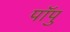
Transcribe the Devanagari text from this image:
पॉपु